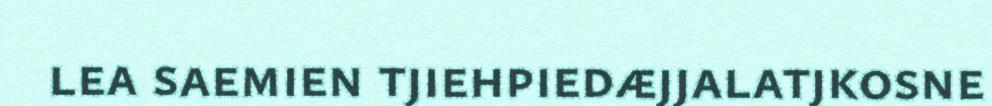
lea saemien tjiehpiedæjjalatjkosne